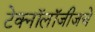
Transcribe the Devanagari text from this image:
टेक्नॉलॉजीजचे